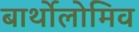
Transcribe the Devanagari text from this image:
बार्थोलोमिव